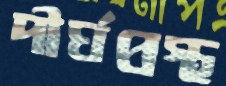
দীর্ঘপ্রস্থ